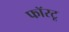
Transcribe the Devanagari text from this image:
फॉरटू